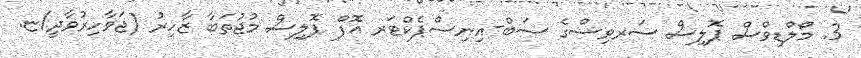
3. މޯލްޑިވްސް ޕޮލިސް ސަރވިސްގެ ސަބް-އިނިސްޕެކްޓަރ އޮފް ޕޮލިސް މުޖުތަބާ ޒާހިރު (ޖަވާހިރުވާދީ/ޏ.